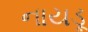
નાયડૂ